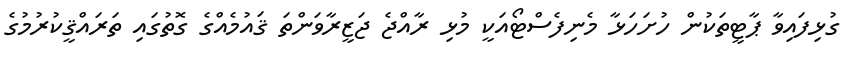
ގުޅިފައިވާ ޕާޓީތަކުން ހުށަހަޅާ މެނިފެސްޓޯއަކީ މުޅި ރާއްޖެ ޖަޒީރާވަންތަ ޤައުމެއްގެ ގޮތުގައި ތަރައްޤީކުރުމުގެ